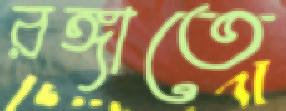
রঙ্গাতে